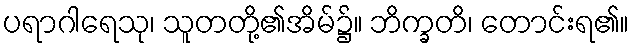
ပရာဂါရေသု၊ သူတတို့၏အိမ်၌။ ဘိက္ခတိ၊ တောင်းရ၏။